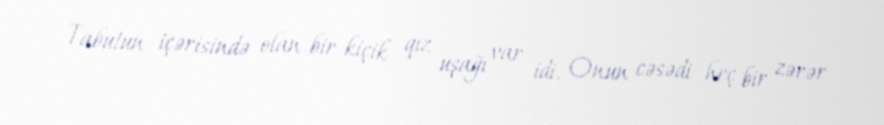
Tabutun içərisində olan bir kiçik qız uşağı var idi. Onun cəsədi heç bir zərər